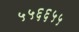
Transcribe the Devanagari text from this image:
५५६६५५